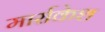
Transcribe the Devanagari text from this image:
मार्राकेश